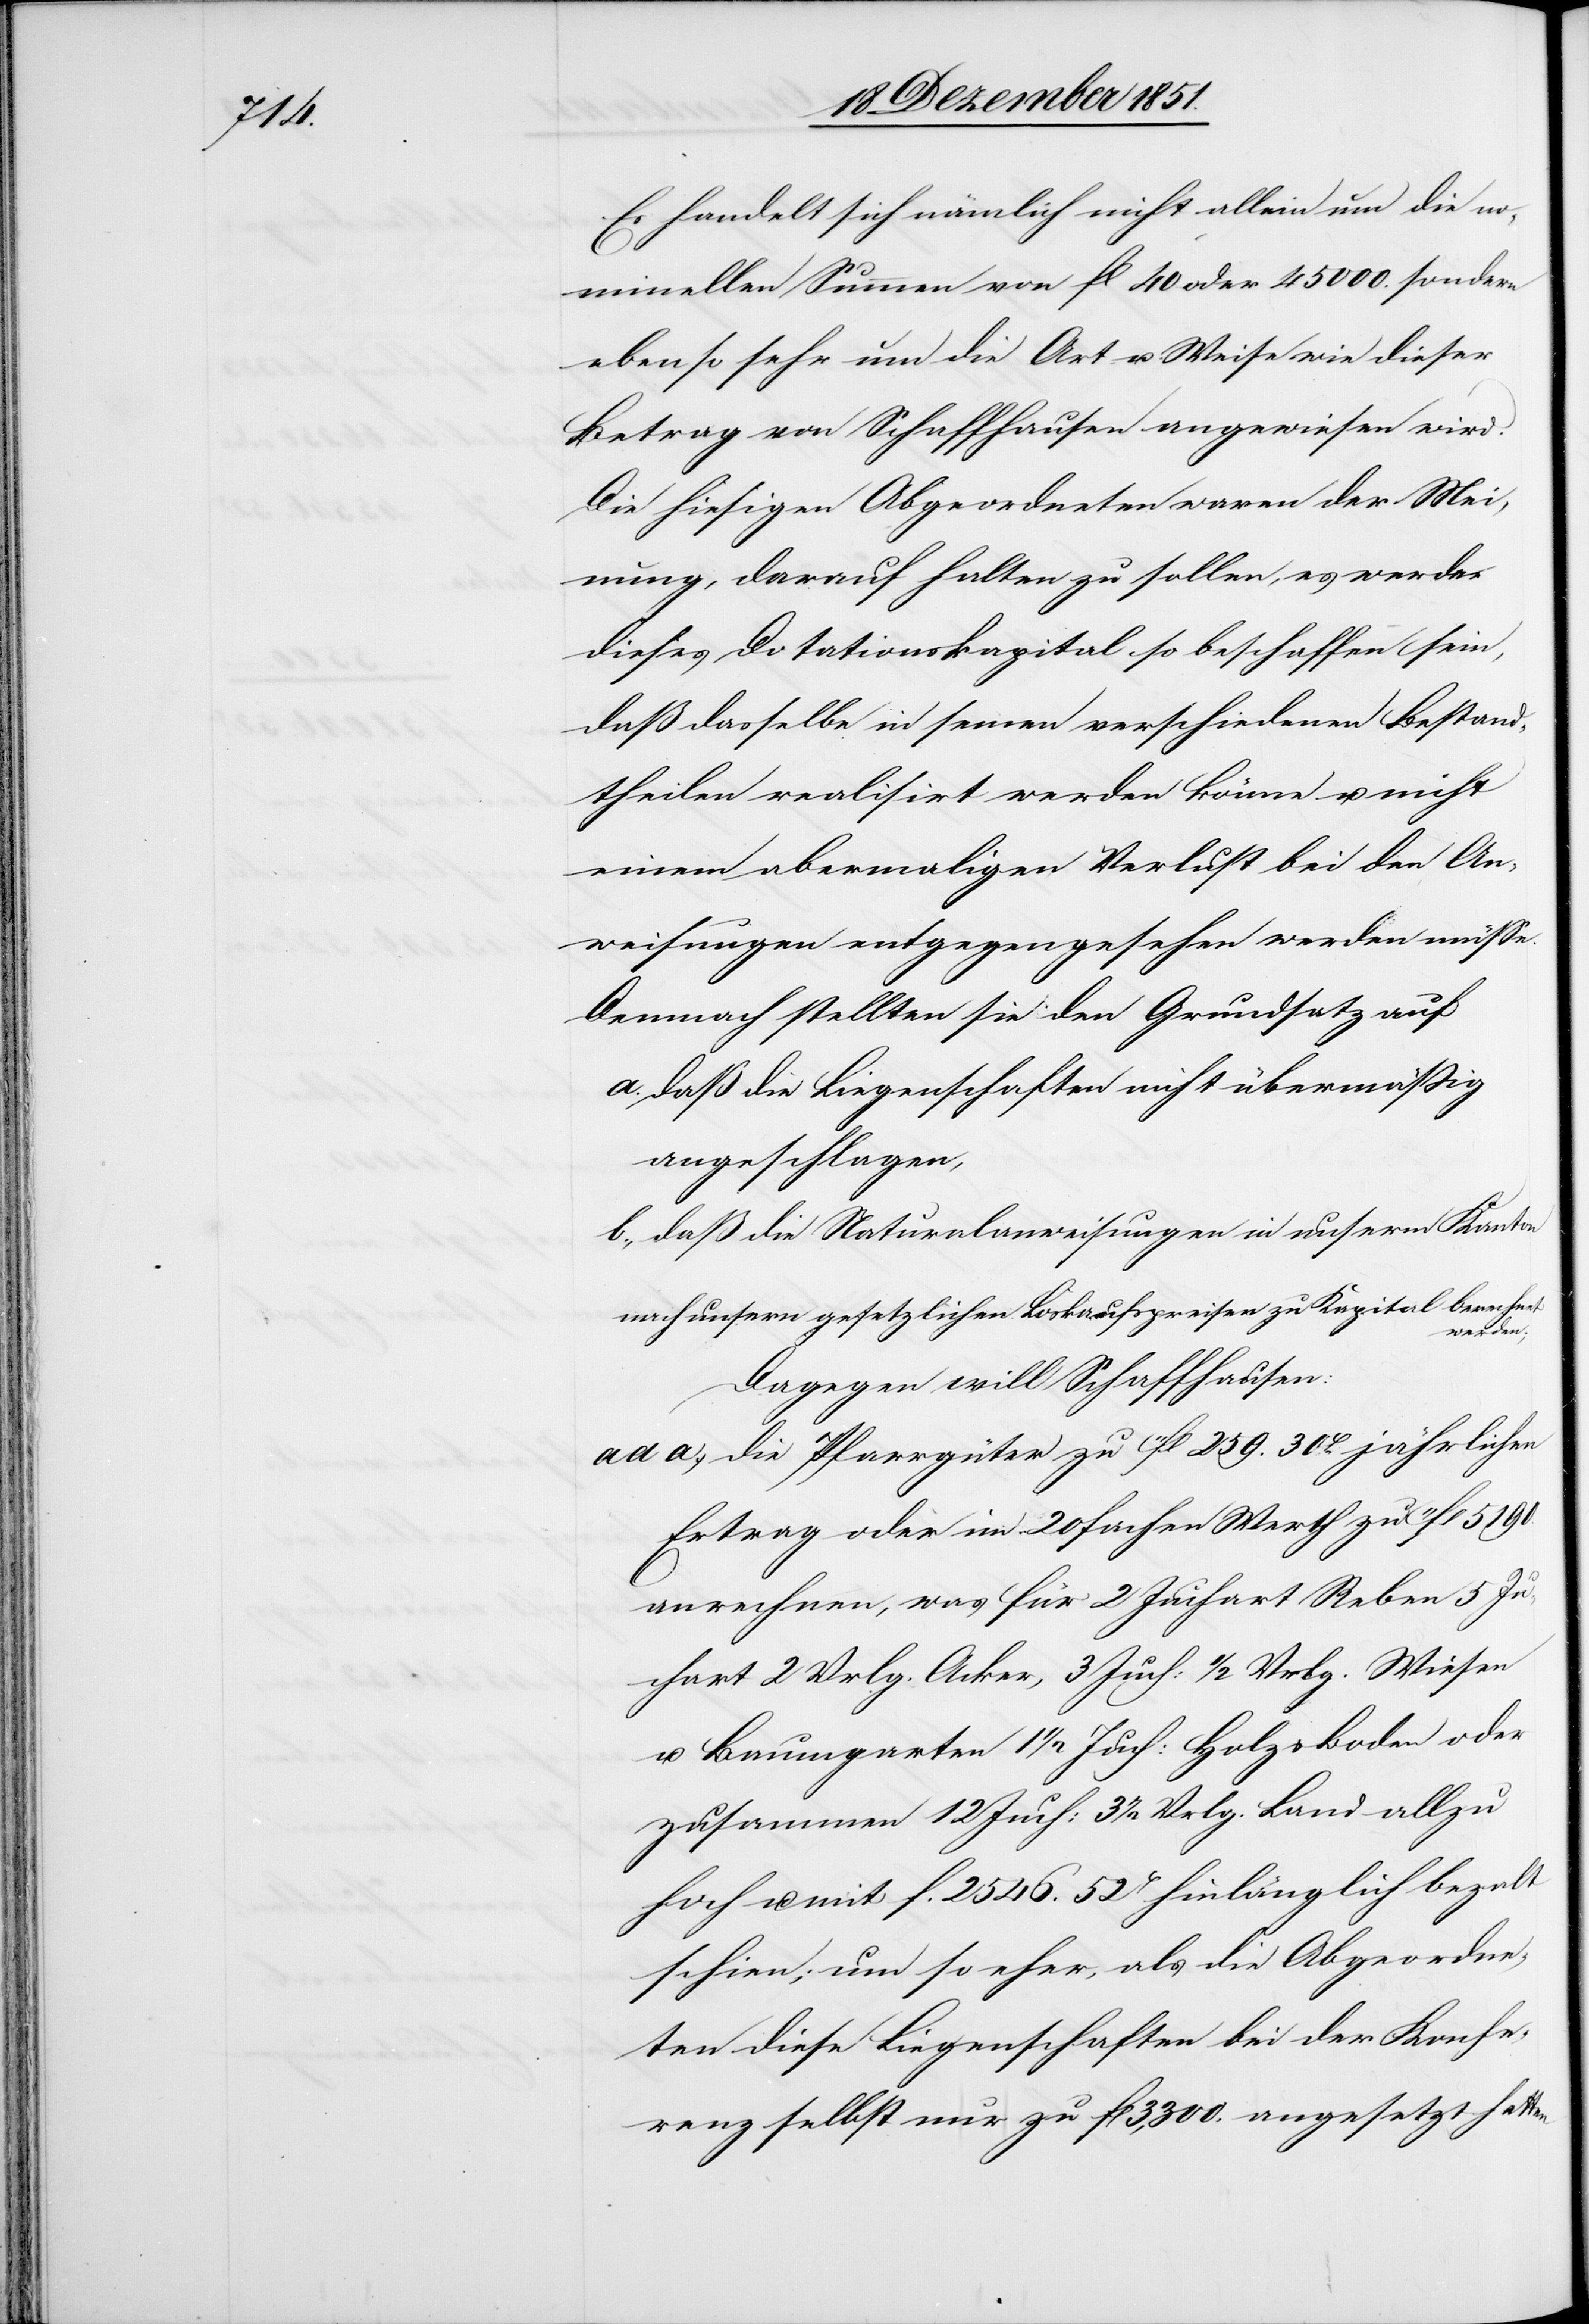
Es handelt sich nämlich nicht allein um die no¬
minellen Summen von fl 40 oder 45000. sondern
ebenso sehr um die Art u. Weise wie dieser
Betrag von Schaffhausen angewiesen wird.
Die hiesigen Abgeordneten waren der Mei¬
nung, darauf halten zu sollen, es werde
dieses Dotationskapital so beschaffen sein,
daß dasselbe in seinen verschiedenen Bestand¬
theilen realisirt werden könne u. nicht
einem abermaligen Verlust bei den An¬
weisungen entgegengesehen werden müsse.
Demnach stellten sie den Grundsatz auf
daß die Liegenschaften nicht übermäßig
angeschlagen,
daß die Naturalanweisungen in unserm Kanton
nach unsern gesetzlichen Loskaufspreisen zu Kapital berechnet
werden;
Dagegen will Schaffhausen:
die Pfarrgüter zu 11fl 259. 30H jährlichen
Ertrag oder im 20 fachen Werth zu 11fl 5190.
anrechnen, was für 2 Juchart Reben[,] 5 Ju¬
chart 2 Vrlg. Acker, 3 Juch: 1/2 Vrlg. Wiesen
u. Baumgarten[,] 1 1/2 Juch: Holz & Boden oder
zusammen 12 Juch: 3 1/2 Vrlg. Land allzu
hoch u. mit f. 2546. 52H hinlänglich beza[h]lt
schien; um so eher, als die Abgeordne¬
ten diese Liegenschaften bei der Konfe¬
renz selbst nur zu fl 3,300. angesetzt hatten